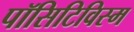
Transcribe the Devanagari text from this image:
पॉसिटिविस्म